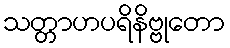
သတ္တာဟပရိနိဗ္ဗုတော